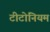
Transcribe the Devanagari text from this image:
टीटोनियम